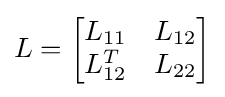
L={\begin{bmatrix}L_{11}&L_{12}\\L_{12}^{T}&L_{22}\end{bmatrix}}